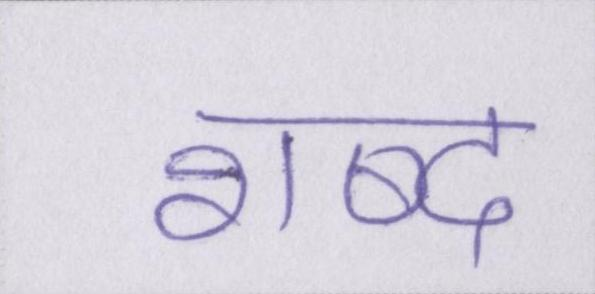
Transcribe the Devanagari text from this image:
शब्द